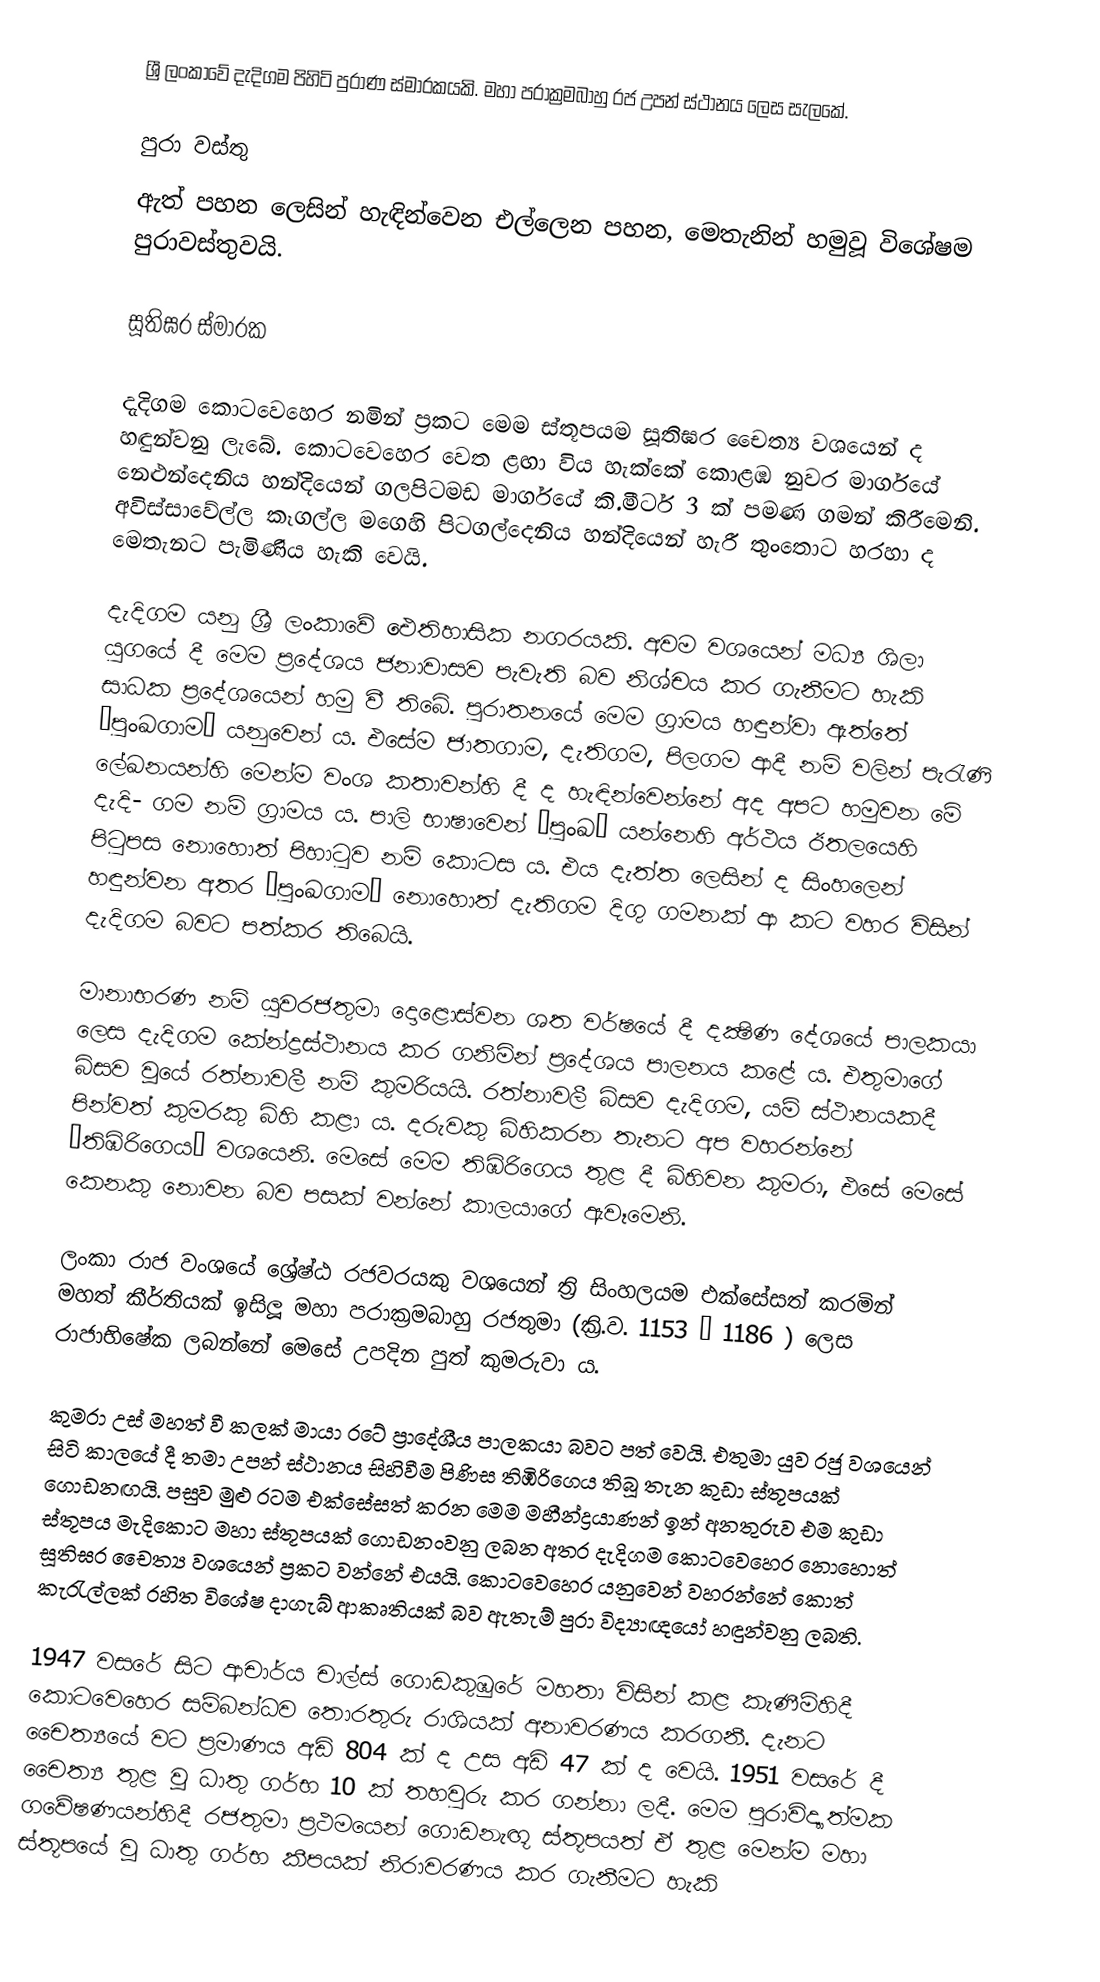
ශ්‍රී ලංකාවේ දැදිගම පිහිටි පුරාණ ස්මාරකයකි. මහා පරාක්‍රමබාහු රජ උපන් ස්ථානය ලෙස සැලකේ.

පුරා වස්තු
ඇත් පහන ලෙසින් හැඳින්වෙන එල්ලෙන පහන, මෙතැනින් හමුවූ විශේෂම පුරාවස්තුවයි.

සූතිඝර ස්මාරක

දැදිගම කොටවෙහෙර නමින් ප්‍රකට මෙම ස්තූපයම සූතිඝර චෛත්‍ය වශයෙන් ද හඳුන්වනු ලැබේ. කොටවෙහෙර වෙත ළඟා විය හැක්කේ කොළඹ නුවර මාර්ගයේ නෙළුන්දෙනිය හන්දියෙන් ගලපිටමඩ මාර්ගයේ කි.මීටර් 3 ක් පමණ ගමන් කිරීමෙනි. අවිස්සාවේල්ල කෑගල්ල මගෙහි පිටගල්දෙනිය හන්දියෙන් හැරී තුංතොට හරහා ද මෙතැනට පැමිණිය හැකි වෙයි.

දැදිගම යනු ශ්‍රී ලංකාවේ ඓතිහාසික නගරයකි. අවම වශයෙන් මධ්‍ය ශිලා යුගයේ දී මෙම ප්‍රදේශය ජනාවාසව පැවැති බව නිශ්චය කර ගැනීමට හැකි සාධක ප්‍රදේශයෙන් හමු වී තිබේ. පුරාතනයේ මෙම ග්‍රාමය හඳුන්වා ඇත්තේ ‘පුංඛගාම’ යනුවෙන් ය. එසේම ජාතගාම, දැතිගම, පිලගම ආදී නම් වලින් පැරැණි ලේඛනයන්හි මෙන්ම වංශ කතාවන්හි දී ද හැඳින්වෙන්නේ අද අපට හමුවන මේ දැදි- ගම නම් ග්‍රාමය ය. පාලි භාෂාවෙන් ‘පුංඛ’ යන්නෙහි අර්ථය ඊතලයෙහි පිටුපස නොහොත් පිහාටුව නම් කොටස ය. එය දැත්ත ලෙසින් ද සිංහලෙන් හඳුන්වන අතර ‘පුංඛගාම’ නොහොත් දැතිගම දිගු ගමනක් ආ කට වහර විසින් දැදිගම බවට පත්කර තිබෙයි.

මානාභරණ නම් යුවරජතුමා දොළොස්වන ශත වර්ෂයේ දී දක්‍ෂිණ දේශයේ පාලකයා ලෙස දැදිගම කේන්ද්‍රස්ථානය කර ගනිමින් ප්‍රදේශය පාලනය කළේ ය. එතුමාගේ බිසව වූයේ රත්නාවලී නම් කුමරියයි. රත්නාවලී බිසව දැදිගම, යම් ස්ථානයකදී පින්වත් කුමරකු බිහි කළා ය. දරුවකු බිහිකරන තැනට අප වහරන්නේ ‘තිඹිරිගෙය’ වශයෙනි. මෙසේ මෙම තිඹිරිගෙය තුළ දී බිහිවන කුමරා, එසේ මෙසේ කෙනකු නොවන බව පසක් වන්නේ කාලයාගේ ඇවෑමෙනි.

ලංකා රාජ වංශයේ ශ්‍රේෂ්ඨ රජවරයකු වශයෙන් ත්‍රි සිංහලයම එක්සේසත් කරමින් මහත් කීර්තියක් ඉසිලූ මහා පරාක්‍රමබාහු රජතුමා (ක්‍රි.ව. 1153 – 1186 ) ලෙස රාජාභිෂේක ලබන්නේ මෙසේ උපදින පුත් කුමරුවා ය.

කුමරා උස් මහත් වී කලක් මායා රටේ ප්‍රාදේශීය පාලකයා බවට පත් වෙයි. එතුමා යුව රජු වශයෙන් සිටි කාලයේ දී තමා උපන් ස්ථානය සිහිවීම පිණිස තිඹිරිගෙය තිබූ තැන කුඩා ස්තූපයක් ගොඩනඟයි. පසුව මුළු රටම එක්සේසත් කරන මෙම මහීන්ද්‍රයාණන් ඉන් අනතුරුව එම කුඩා ස්තූපය මැදිකොට මහා ස්තූපයක් ගොඩනංවනු ලබන අතර දැදිගම කොටවෙහෙර නොහොත් සූතිඝර චෛත්‍ය වශයෙන් ප්‍රකට වන්නේ එයයි. කොටවෙහෙර යනුවෙන් වහරන්නේ කොත් කැරැල්ලක් රහිත විශේෂ දාගැබ් ආකෘතියක් බව ඇතැම් පුරා විද්‍යාඥයෝ හඳුන්වනු ලබති.

1947 වසරේ සිට ආචාර්ය චාල්ස් ගොඩකුඹුරේ මහතා විසින් කළ කැණීම්හිදී කොටවෙහෙර සම්බන්ධව තොරතුරු රාශියක් අනාවරණය කරගනී. දැනට චෛත්‍යයේ වට ප්‍රමාණය අඩි 804 ක් ද උස අඩි 47 ක් ද වෙයි. 1951 වසරේ දී චෛත්‍ය තුළ වූ ධාතු ගර්භ 10 ක් තහවුරු කර ගන්නා ලදී. මෙම පුරාවිද්‍යාත්මක ගවේෂණයන්හිදී රජතුමා ප්‍රථමයෙන් ගොඩනැඟූ ස්තූපයත් ඒ තුළ මෙන්ම මහා ස්තූපයේ වූ ධාතු ගර්භ කීපයක් නිරාවරණය කර ගැනීමට හැකි